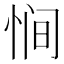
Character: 𫺒